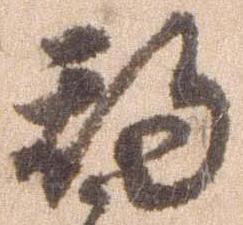
期